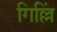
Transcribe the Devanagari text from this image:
गिल्लिं